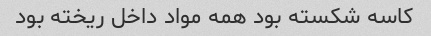
کاسه شکسته بود همه مواد داخل ریخته بود